Annual administration report of the Civil Veterinary Department of India - 1902-1903
Year: 1902
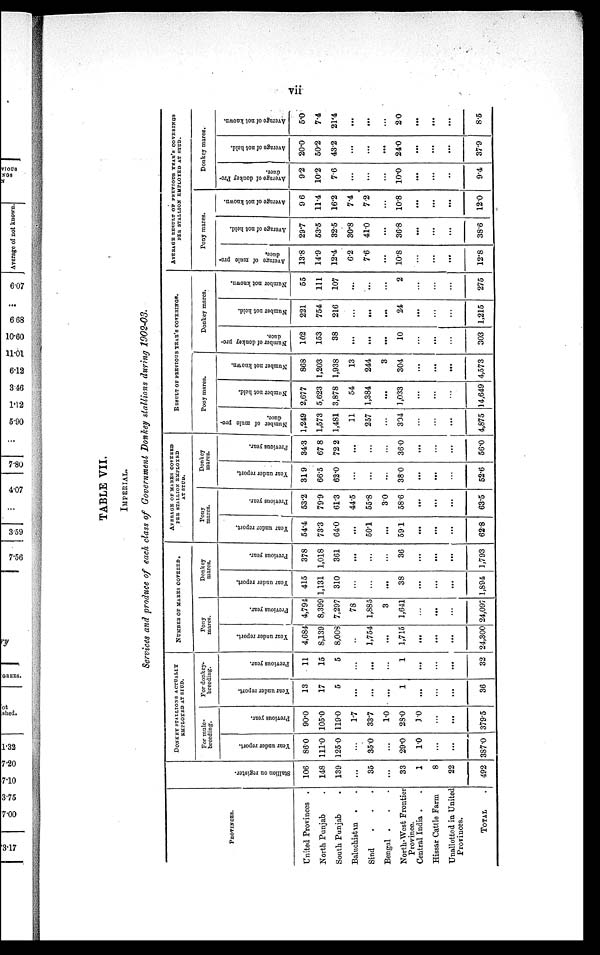
TABLE VII.
IMPERIAL.
Services and produce of each class of Government Donkey stallions during 1902-03.
PROVINCES.
United Provinces .
North Punjab .
South Punjab .
Baluchistan . .
Sind . . .
Bengal . . .
North-West Frontier
Province.
Central India . .
Hissar Cattle Farm
Unallotted in United
Provinces.
TOTAL .
Stallion on register.
106
148
139
...
35
...
33
1
8
22
492
DONKEY STALLIONS ACTUALLY
EMPLOYED AT STUD.
For mule¬
breeding.
Year under report.
86.0
111.0
125.0
...
35.0
...
29.0
1.0
...
...
387.0
Previous year.
90.0
105.0
119.0
1.7
33.7
1.0
28.0
1.0
...
...
379.5
For donkey¬
breeding.
Year under report.
13
17
5
...
...
...
1
...
...
...
36
Previous year.
11
15
5
...
...
...
1
...
...
...
32
NUMBER OF MARES COVERED.
Pony
mares.
Year under report.
4,684
8,139
8,008
..
1,754
...
1,715
...
...
...
24,300
Previous year.
4,794
8,399
7,297
78
1,885
3
1,641
...
...
...
24,097
Donkey
mares.
Year under report.
415
1,131
310
...
...
...
38
...
...
...
1,894
Previous year.
378
1,018
361
...
...
...
36
...
...
...
1,793
AVERAGE OF MARES COVERED
PER STALLION EMPLOYED
AT STUD.
Pony
mares.
Year under report.
54.4
73.3
64.0
...
50.1
...
59.1
...
...
...
62.8
Previous year.
53.2
79.9
61.3
44.5
55.8
3.0
58.6
...
...
...
63.5
Donkey
mares.
Year under report.
31.9
66.5
62.0
...
...
...
38.0
...
...
...
52.6
Previous year.
34.3
67.8
72.2
...
...
...
36.0
...
...
...
56.0
RESULT OF PREVIOUS YEAR'S COVERINGS.
Pony mares.
Number of mule pro¬
duce.
1,249
1,573
1,481
11
257
...
304
...
...
...
4,875
Number not held.
2,677
5,623
3,878
54
1,384
...
1,033
...
...
...
14,649
Number not known.
868
1,203
1,938
13
244
3
304
...
...
...
4,573
Donkey mares.
Number of donkey pro-
duce.
102
153
38
...
...
...
10
...
...
...
303
Number not held.
221
754
216
...
...
...
24
...
...
...
1,215
Number not known.
55
111
107
...
...
...
2
...
...
...
275
AVERAGE RESULT OF PREVIOUS YEAR'S COVERINGS
PER STALLION EMPLOYED AT STUD.
Pony mares.
Average of mule pro-
duce.
13.8
14.9
12.4
6.2
7.6
...
10.8
...
...
...
12.8
Average of not held.
29.7
53.5
32.5
30.8
41.0
...
36.8
...
...
...
38.6
Average of not known.
9.6
11.4
16.2
7.4
7.2
...
10.8
...
...
...
12.0
Donkey mares.
Average
of donkey Pro-
duce.
9.2
10.2
7.6
...
...
...
10.0
...
...
..
9.4
Average of not held.
20.0
50.2
43.2
...
...
...
24.0
...
...
...
37.9
Average of not known.
5.0
7.4
21.4
...
...
...
2.0
...
...
...
8.5
vii